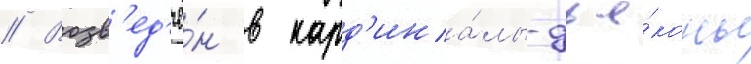
// Возв'ед'ё́н в кард'ина́лы-дья́коны